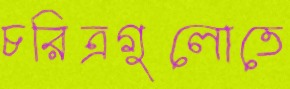
চরিত্রগুলোতে